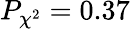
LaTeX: P_{\chi^{2}}=0.37